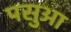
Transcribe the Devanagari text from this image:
पसुआ